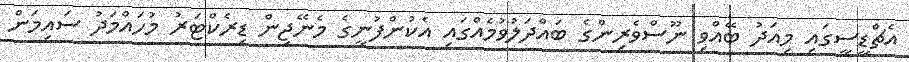
އެޗްޑީސީގައި މިއަދު ބޭއްވި ނޫސްވެރިންގެ ބައްދަލުވުމެއްގައި އެކުންފުނީގެ މެނޭޖިން ޑިރެކްޓަރު މުހައްމަދު ސައިމަން